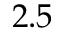
2 . 5